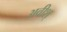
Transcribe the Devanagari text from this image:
अवीश्